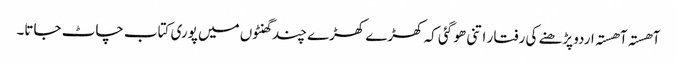
آھستہ آھستہ اردو پڑھنے کی رفتا ر اتنی ھو گئی کہ کھڑے کھڑے چند گھنٹوں میں پوری کتاب چاٹ جاتا۔